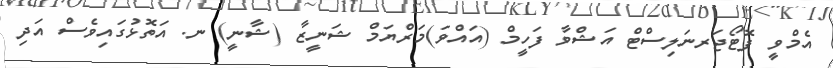
އެމްވީ ފޮޓޯޖަރނަލިސްޓް އަޝްވާ ފަހީމް (އައްވަ)މަރްޔަމް ޝަނީޒާ (ޝާނީ) ނ. އަތޮޅުގައިވެސް އަދި